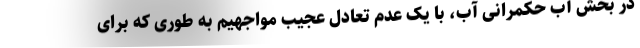
در بخش آب حکمرانی آب، با یک عدم تعادل عجیب مواجهیم به طوری که برای